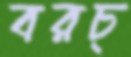
বরচ্